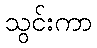
သွင်းကာ